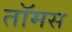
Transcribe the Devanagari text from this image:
तॉमस